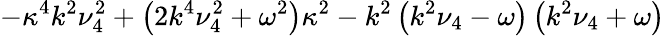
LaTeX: -\kappa^{4}k^{2}\nu_{4}^{2}+\left(2k^{4}\nu_{4}^{2}+\omega^{2}\right)\kappa^{2}-k^{2}\left(k^{2}\nu_{4}-\omega\right)\left(k^{2}\nu_{4}+\omega\right)